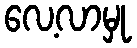
လေ့လာမှု